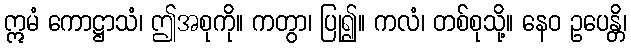
ဣမံ ကောဋ္ဌာသံ၊ ဤအစုကို။ ကတွာ၊ ပြု၍။ ကလံ၊ တစ်စုသို့။ နေဝ ဥပေန္တိ၊